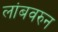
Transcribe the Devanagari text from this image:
लांबवरुन